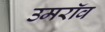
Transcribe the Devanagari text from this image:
उमरॉव